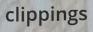
clippings